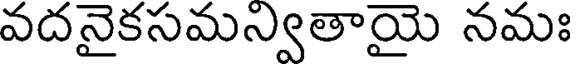
వదనైకసమన్వితాయై నమః